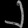
Digit: ၂